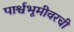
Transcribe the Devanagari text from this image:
पार्श्वभूमीवरची